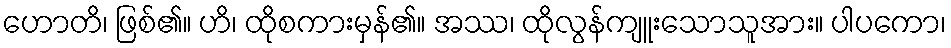
ဟောတိ၊ ဖြစ်၏။ ဟိ၊ ထိုစကားမှန်၏။ အဿ၊ ထိုလွန်ကျူးသောသူအား။ ပါပကော၊